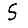
Digit: 5